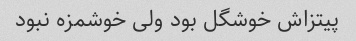
پیتزاش خوشگل بود ولی خوشمزه نبود